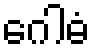
ဂေါဓံ